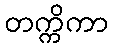
တက္ကိကာ